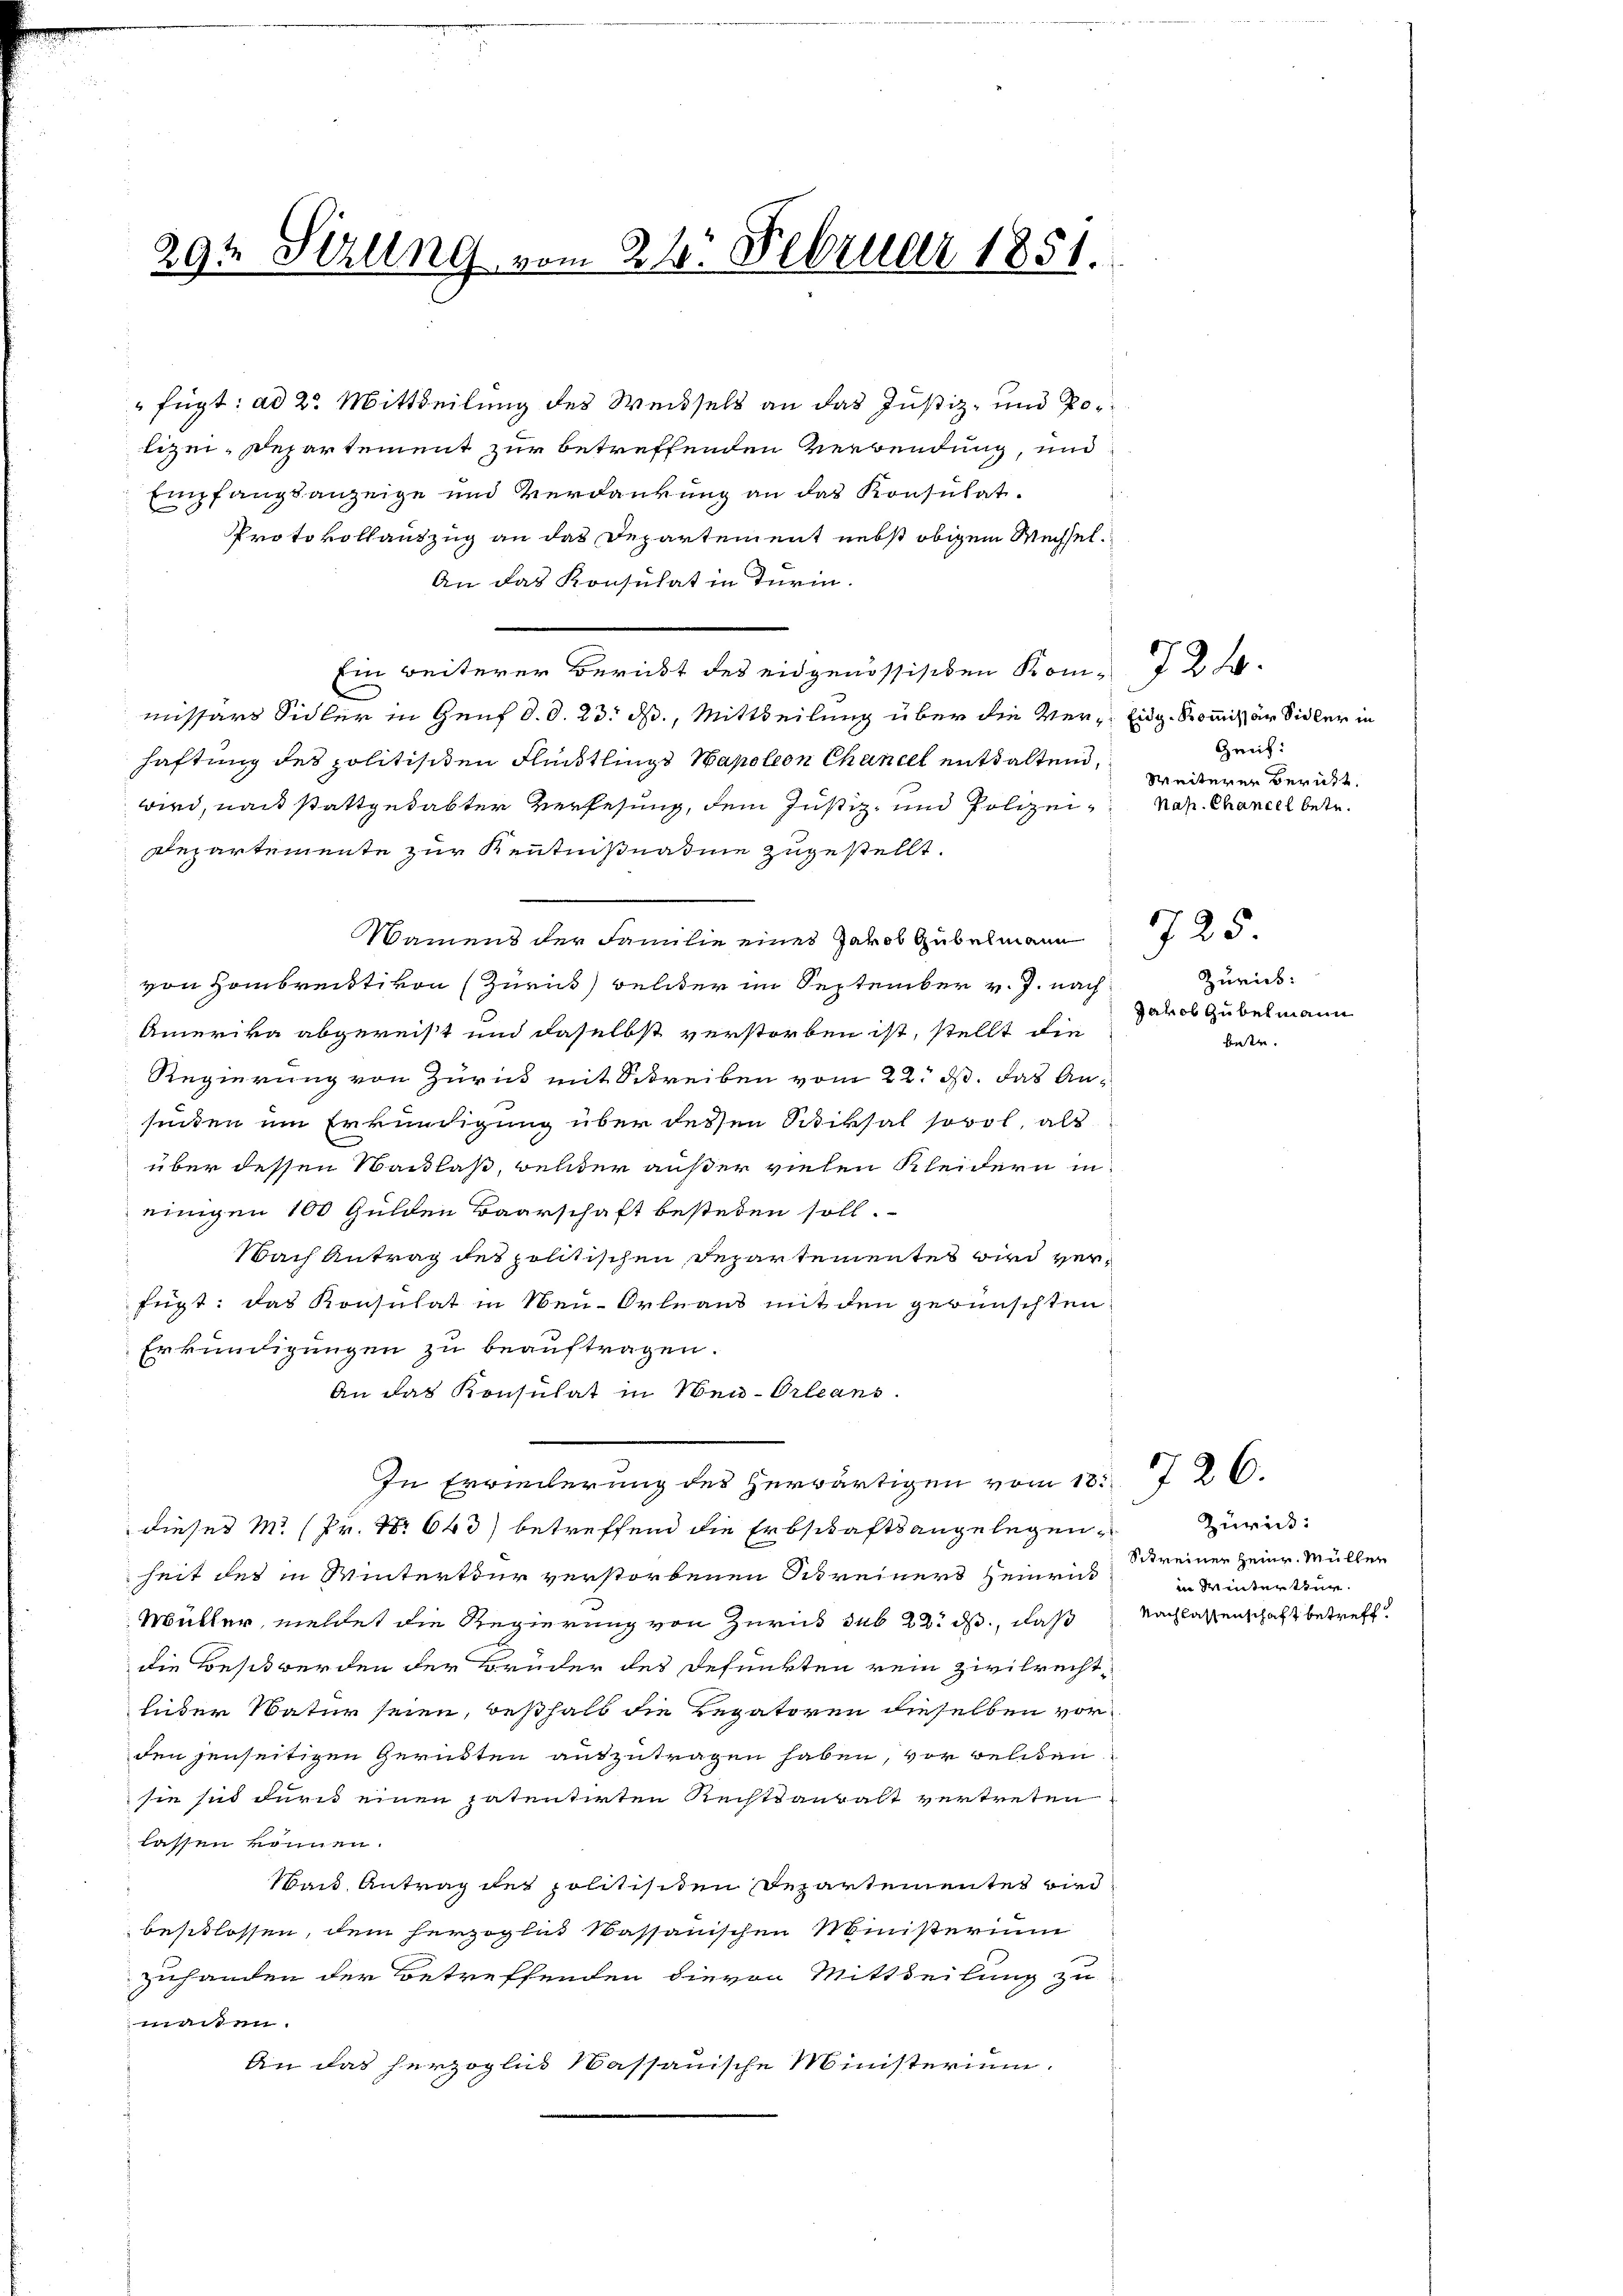
29t Setzung

am 21. Februar 1851.

" fügt: ad 2. Mittheilung des Weisels an das Justiz- und Polizei-Departement zur betreffenden Verwendung, und
Empfangsanzeige und Verdankung an das Konsulat.
Protokollauszug an das Departement nebst obigem Wechsel¬
An das Konsulat in Turin.
Ein weiterer Bericht des eidgenössischen Kom-T24.
missärs Sidler in Genf d. d. 23. dß., Mittheilung über die Ver- Eidg. Kommissär Sidler in
haftung des politisiten Fleistlings Napoleon Chancel enthaltend,
wird, nach stattgehabter Verlesung, dem Justiz- und Polizei¬
Departemente zur Kenntnißnahme zugestellt.
Namens der Familie eines Jakob Gubelmann
von Hombreisti von (Zürick, welcher im September v. J. nach
Amerika abgereist und daselbst verstorben ist, stellt die
Regierung von Zurück mit Schreiben vom 22. ds. das An-
sinden um Erkundigung über dessen Schiksal sowol, als
über dessen Nachlaß, welder außer vielen Kleidern in
einigen 100 Gulden Baarschaft bestehen soll.
Nach Antrag des politischen Departementes wird verfügt: das Konsulat in Neu-Orleaus mit den gewünschten
Erkundigungen zu beauftragen.
An das Konsulat in Neu-Orleans
In Erweiterung des herwärtigen vom 13. 726.
dieses M. (Pr. No 643) betreffend die Erbschaftsangelegenheit des in Winterteur verstorbenen Streiners Heinric
Müller, meldet die Regierung von Zurück sub 22. ds, daß
die Besit werden der Brüder des defunkten rein zivilrechtlüder Natur seien, deßhalb die Legatoren dieselben vorden jenseitigen Gerükten auszutragen haben, vor welchen
sie sich durch einen patentirten Rechtsanwalt vertreten
lassen können.
Waid, Antrag der politischen Departementes wird
beschlossen, dem herzoglich Massauischen Ministerium
zuhanden der Betreffenden die von Mittheilung zu
maßen.
An das herzoglich Massauische Ministerium.

Geich:
Weiteren Bericht.
Nah. Chancel betr.

Zurick:
Jakob Gubelmann
betr.

725

Zurück:
Schreiner Heinr. Müller
in Winterthur.
Nachlassenschaft betreff.